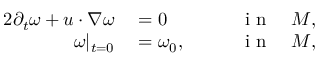
\begin{array} { r l r } { { 2 } \partial _ { t } \omega + u \cdot \nabla \omega } & { { } = 0 } & { \qquad \mathrm { ~ i ~ n ~ } \quad M , } \\ { \omega | _ { t = 0 } } & { { } = \omega _ { 0 } , } & { \qquad \mathrm { ~ i ~ n ~ } \quad M , } \end{array}